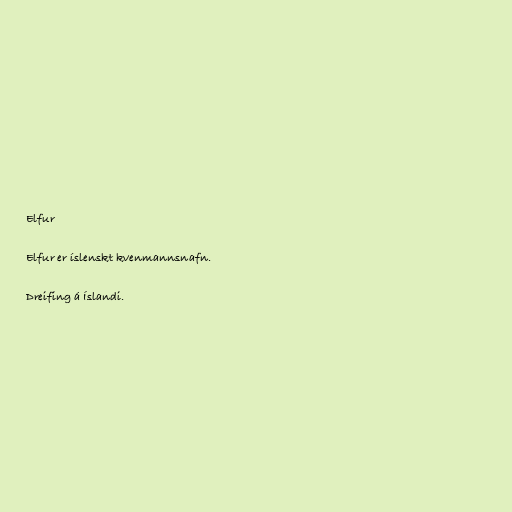
Elfur

Elfur er íslenskt kvenmannsnafn.

Dreifing á Íslandi.